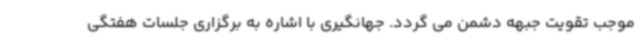
موجب تقویت جبهه دشمن می گردد. جهانگیری با اشاره به برگزاری جلسات هفتگی